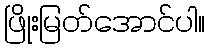
ဖြိုးမြတ်အောင်ပါ။